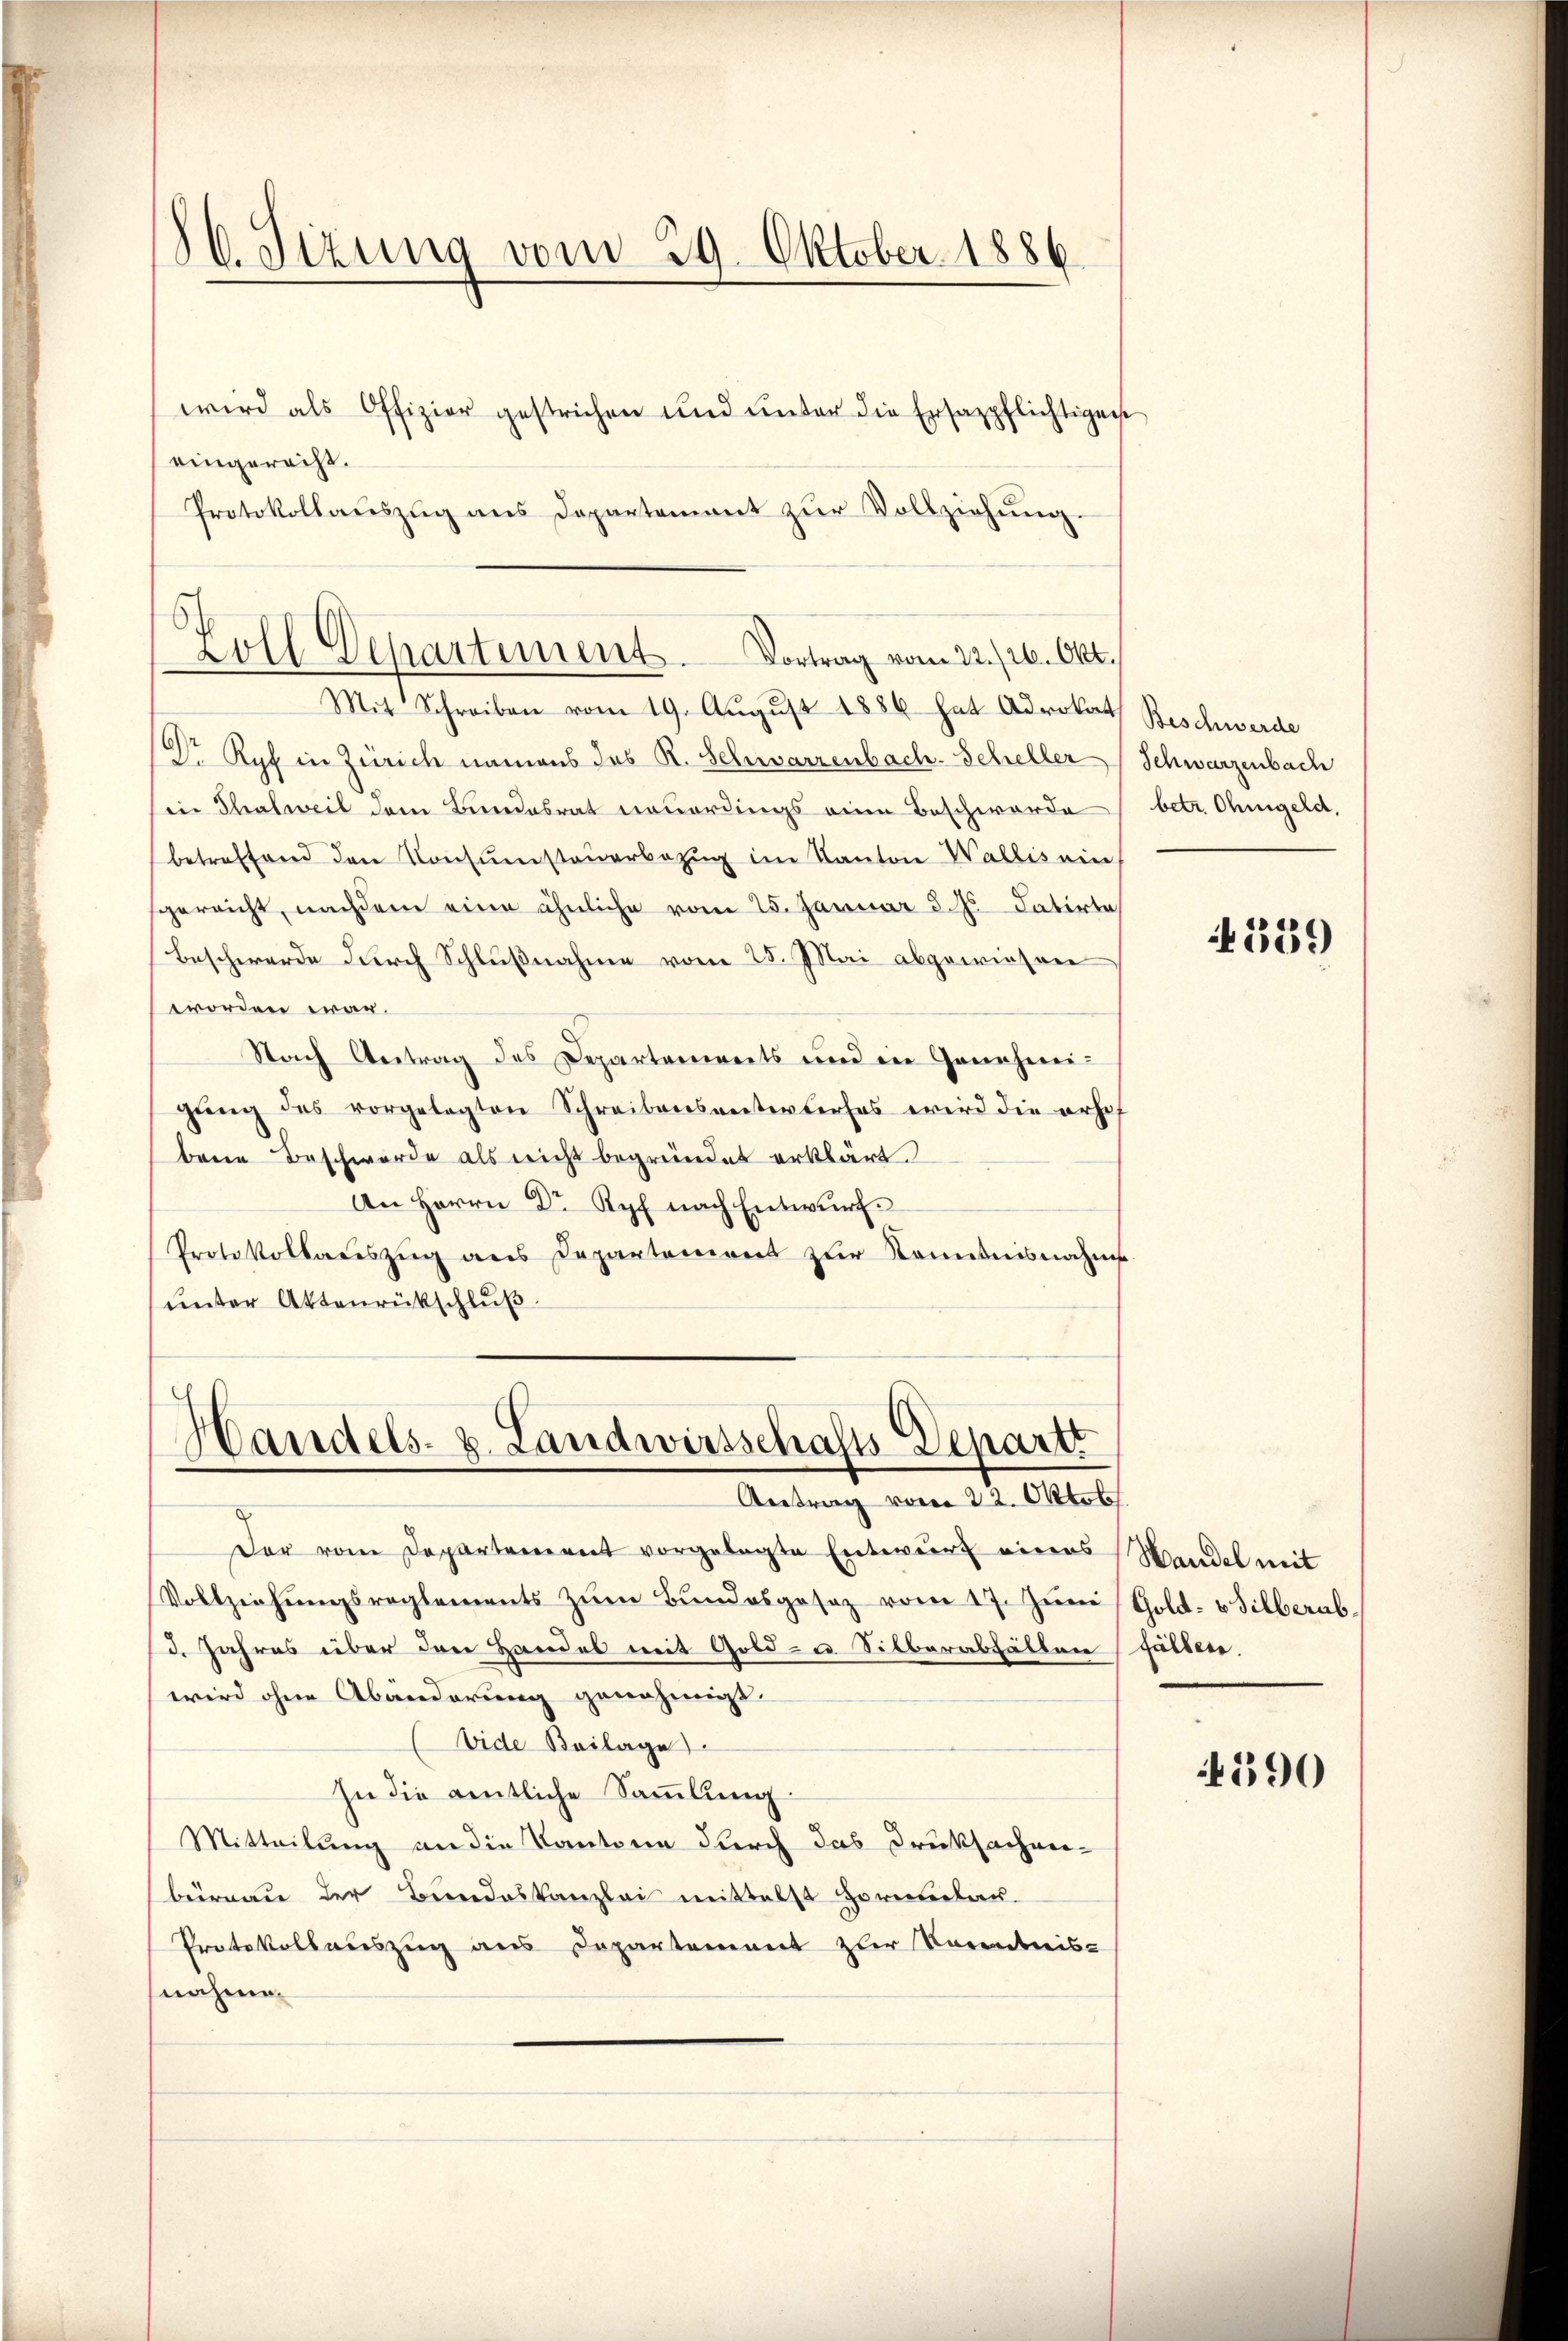
86. Sizung vom 19. Oktober 1886

eingerecht.
Protokollaŭszŭg ans Departement zŭr Vollziehŭng.

wird als Offizier gestrichen und unter die Ersazpflichtigent

Zoll Departement. Vortrag vom 22./26. Okt.
Mit Schreiben vom 19. Aŭgŭst 1886 hat Advokat Beschwerde

Dr Ryf in Zürich namens das R. Schwarzenbach-Scheller Schwarzenbach
in Thalweil dem Bundesrat neuerdings eine Beschwerde
betreffend den Consumsteŭerbezug im Kanton Wallis ein
gereicht, nachdem eine ähnliche vom 25. Januar d. Js. datirte
Beschwerde durch Schlußnahme vom 25. Mai abgewiesen
worden war.
Nach Antrag des Departements und in Genehmigŭng des vorgelegten Schreibensentwurfes wird die erhof
bene Beschwerde als nicht begründet erklärt.
An Herrn Dr Ryf nach Entwurf.
Protokollaŭszŭg ans Departement zŭr Kenntnisnahms
unter Aktenrückschluß.

Handels- 8. Landwirtschafts-Departi
Antrag vom 22. Oktob

Der vom Departement vorgelegte Entwurf einens
Vollziehungsreglements zum Bundesgesez vom 17. Juni
d. Jahres über den Handel mit Gold- u. Silberabfällen fällen.
wird ohne Abänderung genehmigt.
Vide Beilage
In die amtliche Sammlung:
Mitteilung an die Kantone durch das Druksachen-
büreau der Bundeskanzlei mittelst Hormelau¬
Protokollauszug aus Departement zur Vorentnis-
nahme.

betr. Ohmgeld,

539

Handel mit
Gold- & Silberab

4390